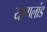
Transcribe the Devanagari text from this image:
यागलांड